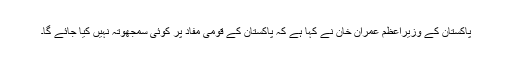
پاکستان کے وزیراعظم عمران خان نے کہا ہے کہ پاکستان کے قومی مفاد پر کوئی سمجھوتہ نہیں کیا جائے گا۔